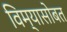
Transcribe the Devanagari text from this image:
विम्यासोबत